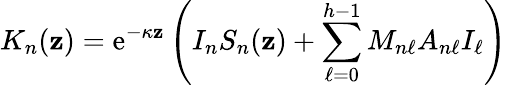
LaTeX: K_{n}(\mathbf{z})=\mathrm{e}^{-\kappa\mathbf{z}}\left(I_{n}S_{n}(\mathbf{z})+\sum_{\ell=0}^{h-1}M_{n\ell}A_{n\ell}I_{\ell}\right)